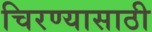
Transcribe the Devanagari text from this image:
चिरण्यासाठी